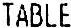
TABLE